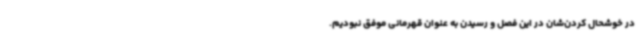
در خوشحال کردن‌شان در این فصل و رسیدن به عنوان قهرمانی موفق نبودیم.